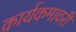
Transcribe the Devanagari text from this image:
कार्यकमावरी